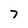
Character: 7